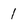
Character: 1